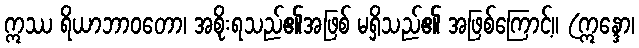
ဣဿ ရိယာဘာဝတော၊ အစိုးရသည်၏အဖြစ် မရှိသည်၏ အဖြစ်ကြောင့်။ (ဣန္ဒော၊